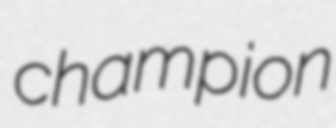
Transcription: champion